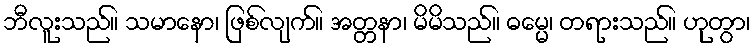
ဘီလူးသည်။ သမာနော၊ ဖြစ်လျက်။ အတ္တနာ၊ မိမိသည်။ ဓမ္မေ၊ တရားသည်။ ဟုတွာ၊